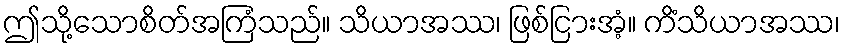
ဤသို့သောစိတ်အကြံသည်။ သိယာအဿ၊ ဖြစ်ငြားအံ့။ ကိံသိယာအဿ၊